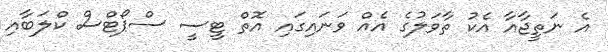
އެ ނަތީޖާއާ އެކު ތާވަލުގެ އެއް ވަނައިގައި އޮތް ޓީސީ ސްޕޯޓްސް ކްލަބާއި